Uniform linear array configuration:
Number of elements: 8
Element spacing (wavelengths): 1
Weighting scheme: exponential
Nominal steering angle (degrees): -15
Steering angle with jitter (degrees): -15.881
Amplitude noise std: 0.05
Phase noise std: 0.05

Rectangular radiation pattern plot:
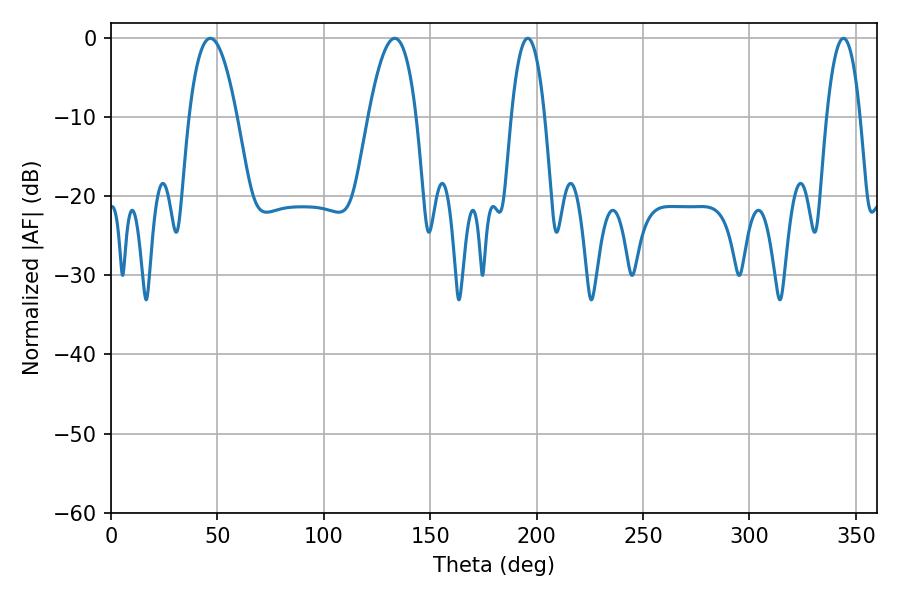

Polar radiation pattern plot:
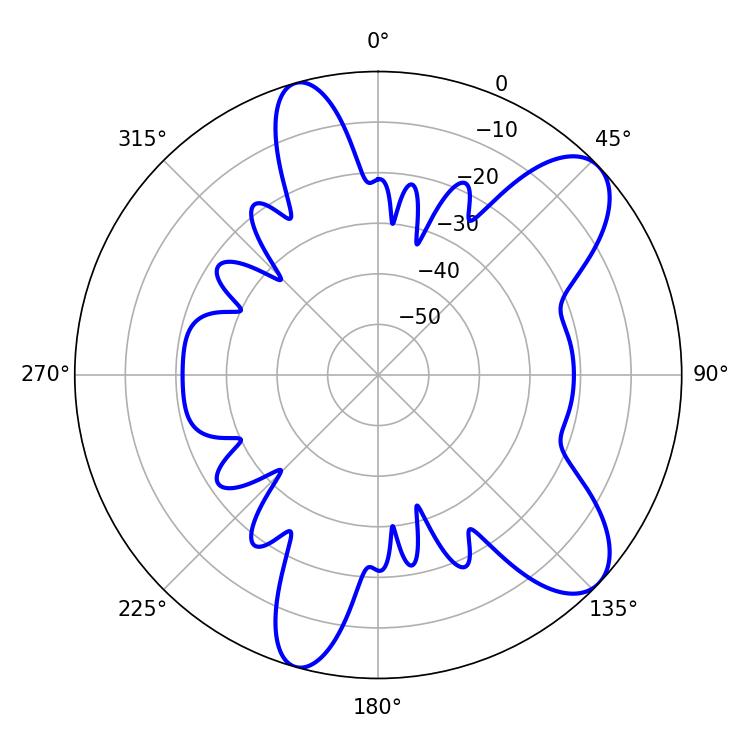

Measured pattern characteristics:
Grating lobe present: TRUE
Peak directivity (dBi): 9.017
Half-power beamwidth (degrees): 8.64
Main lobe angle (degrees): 195.84